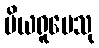
ပိယရူပေသု